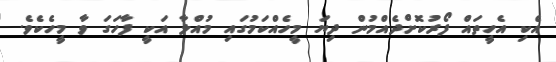
އެކި އެހީތައް ފޯރުކޮށްދެއްމުން ދިޔަ މީހެއްކަމުގައި މުއްލާ އަކީ ފާހަގަ ވާ މީހެކެވެ.